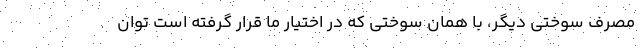
مصرف سوختی دیگر، با همان سوختی که در اختیار ما قرار گرفته است توان